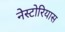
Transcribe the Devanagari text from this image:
नेस्टोरियास